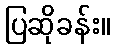
ပြဆိုခန်း။